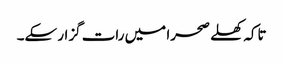
تاکہ کھلے صحرا میں رات گزار سکے۔